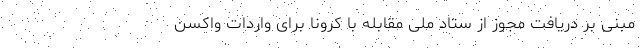
مبنی بر دریافت مجوز از ستاد ملی مقابله با کرونا برای واردات واکسن